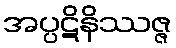
အပ္ပဋိနိဿဇ္ဇ